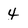
Character: 4